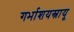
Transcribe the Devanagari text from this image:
गर्भाशयस्नायू